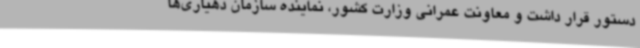
دستور قرار داشت و معاونت عمرانی وزارت کشور، نماینده سازمان دهیاری‌ها